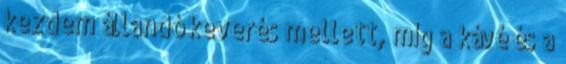
kezdem állandó keverés mellett, míg a kávé és a